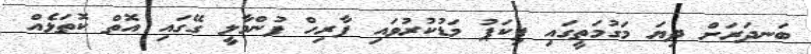
ބަނދަރަށް ދިޔަ މަގުމަތީގައި ޕިކަޕު މަޑުކުރުވައި ފާރިހް ފުންމާލީ ގޭގައި އޮތް ކޮތަޅެއް